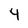
Character: 4